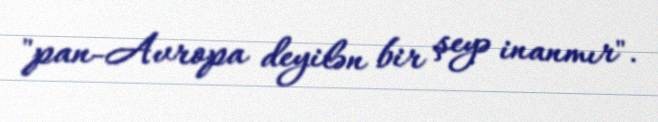
"pan-Avropa deyilən bir şeyə inanmır".